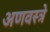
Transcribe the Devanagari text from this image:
अणवस्त्रे